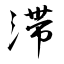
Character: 滞